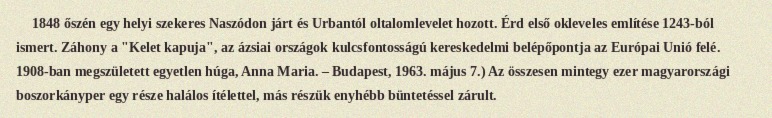
1848 őszén egy helyi szekeres Naszódon járt és Urbantól oltalomlevelet hozott. Érd első okleveles említése 1243-ból ismert. Záhony a "Kelet kapuja", az ázsiai országok kulcsfontosságú kereskedelmi belépőpontja az Európai Unió felé. 1908-ban megszületett egyetlen húga, Anna Maria. – Budapest, 1963. május 7.) Az összesen mintegy ezer magyarországi boszorkányper egy része halálos ítélettel, más részük enyhébb büntetéssel zárult.